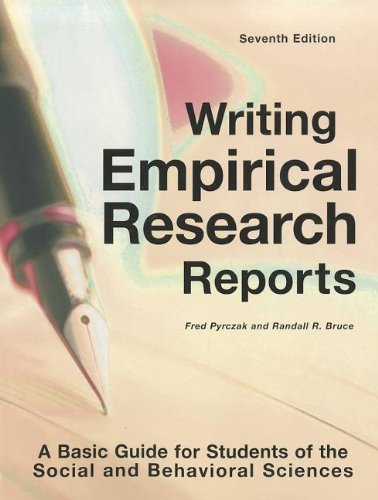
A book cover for Writing Empirical Research Reports: A Basic Guide for Students of the Social and Behavioral Sciences; Fred Pyrczak; Politics & Social Sciences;